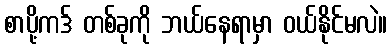
စာပို့ကဒ် တစ်ခုကို ဘယ်နေရာမှာ ဝယ်နိုင်မလဲ။